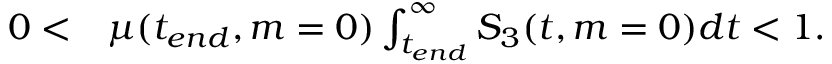
\begin{array} { r l } { 0 < } & { { } \mu ( t _ { e n d } , m = 0 ) \int _ { t _ { e n d } } ^ { \infty } S _ { 3 } ( t , m = 0 ) d t < 1 . } \end{array}